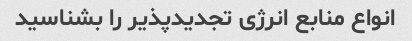
انواع منابع انرژی تجدیدپذیر را بشناسید